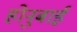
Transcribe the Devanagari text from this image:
होनुबाई